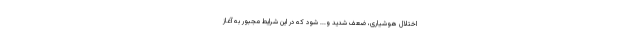
اختلال هوشیاری،‌ ضعف شدید و... شود که در این شرایط مجبور به آغاز